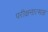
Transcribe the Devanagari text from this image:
परीक्षनात्मक